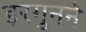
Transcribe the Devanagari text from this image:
इरगुनने